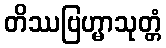
တိဿဗြဟ္မာသုတ္တံ